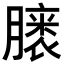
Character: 𪱭